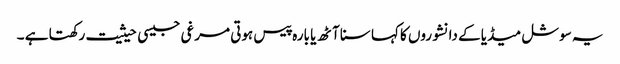
یہ سوشل میڈیا کے دانشوروں کا کہا سنا آٹھ یا بارہ پیس ہوتی مرغی جیسی حیثیت رکھتا ہے ۔